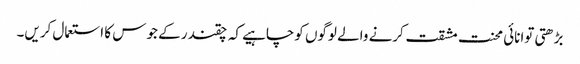
بڑھتی توانائی محنت مشقت کرنے والے لوگوں کوچاہیے کہ چقندر کے جوس کا استعمال کریں۔